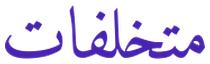
متخلفات